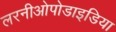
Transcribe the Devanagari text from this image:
लरनीओपोडाइडिया